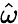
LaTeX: \hat{\omega}